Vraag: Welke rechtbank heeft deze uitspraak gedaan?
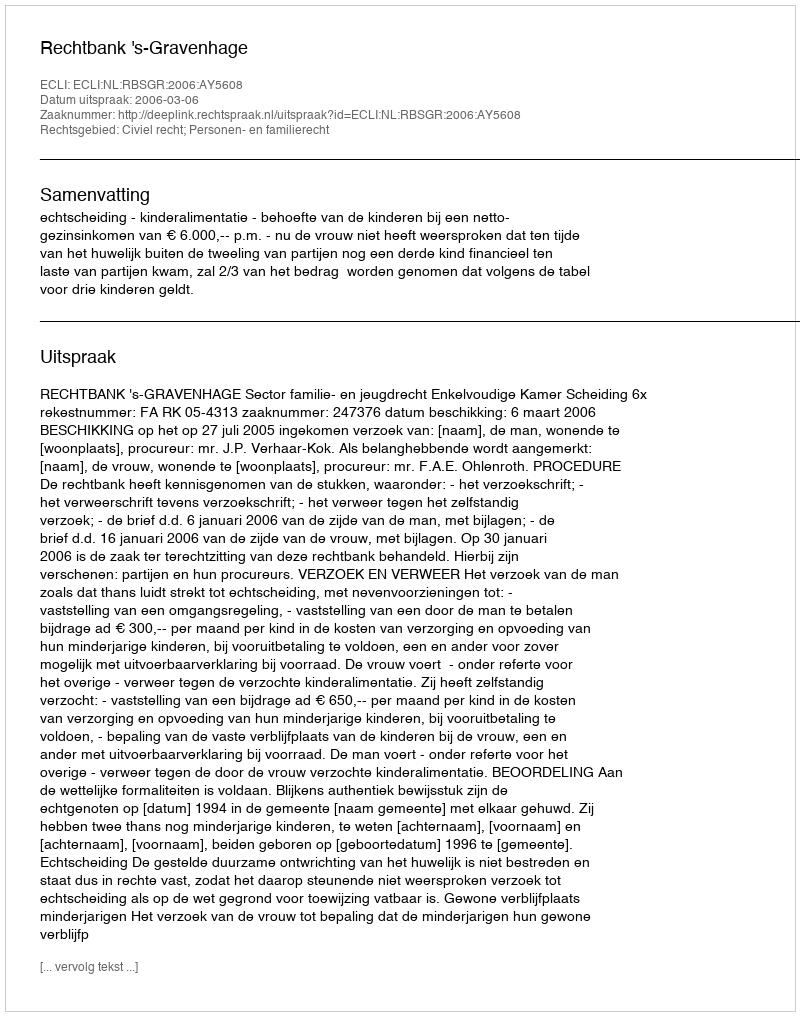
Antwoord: Rechtbank 's-Gravenhage